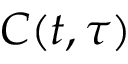
C ( t , \tau )